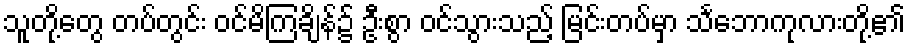
သူတို့တွေ တပ်တွင်း ဝင်မိကြချိန်၌ ဦးစွာ ဝင်သွားသည့် မြင်းတပ်မှာ သင်္ဘောကုလားတို့၏